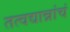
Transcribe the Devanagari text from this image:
तत्वद्यान्नांचं